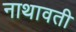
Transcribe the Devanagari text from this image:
नाथावती